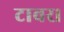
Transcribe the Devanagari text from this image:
टावर।